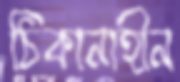
ঠিকানাহীন